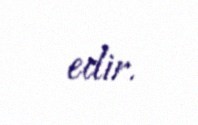
edir.